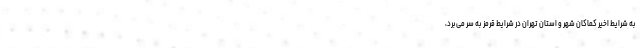
به شرایط اخیر کماکان شهر و استان تهران در شرایط قرمز به سر می‌برد،